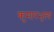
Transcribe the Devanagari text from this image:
कुमारभृत्य